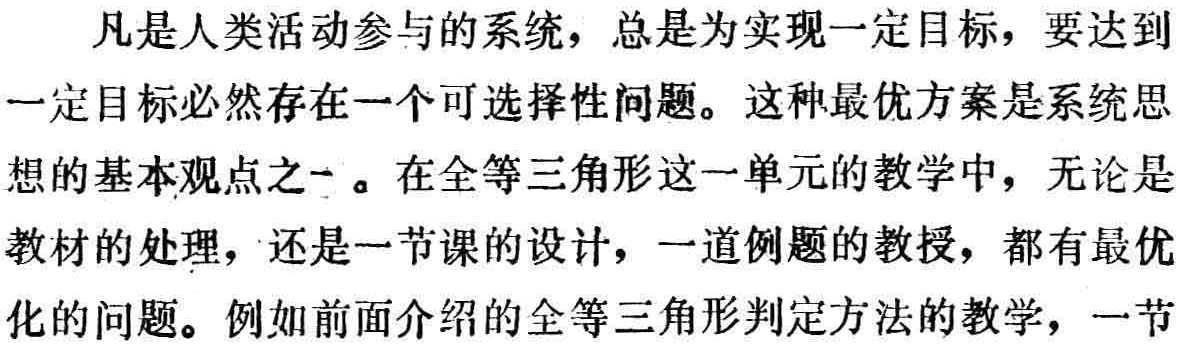
凡是人类活动参与的系统，总是为实现一定目标，要达到

一定目标必然存在一个可选择性问题。这种最优方案是系统思

想的基本观点之一。在全等三角形这一单元的教学中，无论是

教材的处理，还是一节课的设计，一道例题的教授，都有最优

化的问题。例如前面介绍的全等三角形判定方法的教学，一节